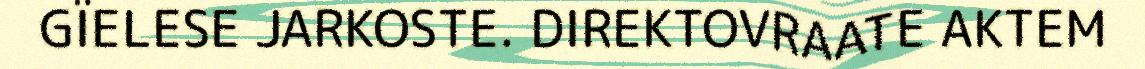
GÏELESE JARKOSTE. DIREKTOVRAATE AKTEM